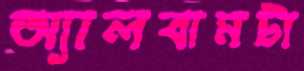
অ্যালবামটা